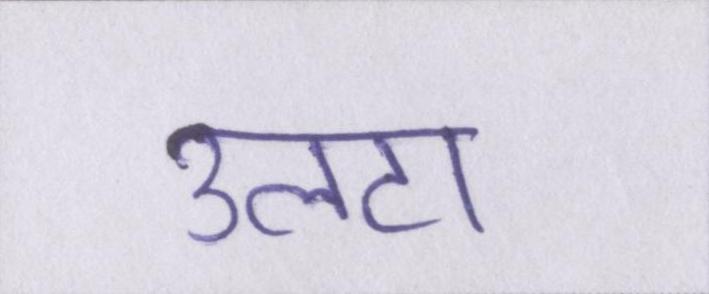
उलटा